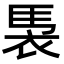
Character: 𮕹